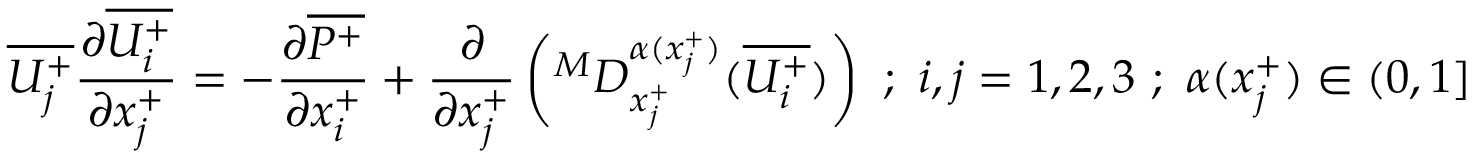
\overline { { U _ { j } ^ { + } } } \frac { \partial \overline { { U _ { i } ^ { + } } } } { \partial x _ { j } ^ { + } } = - \frac { \partial \overline { { P ^ { + } } } } { \partial x _ { i } ^ { + } } + \frac { \partial } { \partial x _ { j } ^ { + } } \left( ^ M D _ { x _ { j } ^ { + } } ^ { \alpha ( x _ { j } ^ { + } ) } ( \overline { { U _ { i } ^ { + } } } ) \right) ~ ; ~ i , j = 1 , 2 , 3 ~ ; ~ \alpha ( x _ { j } ^ { + } ) \in ( 0 , 1 ]